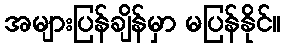
အများပြန်ချိန်မှာ မပြန်နိုင်။